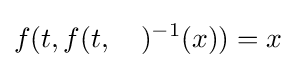
f(t,f(t,\quad )^{-1}(x))=x